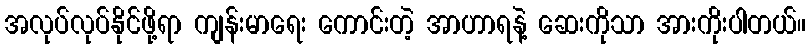
အလုပ်လုပ်နိုင်ဖို့ရာ ကျန်းမာရေး ကောင်းတဲ့ အာဟာရနဲ့ ဆေးကိုသာ အားကိုးပါတယ်။